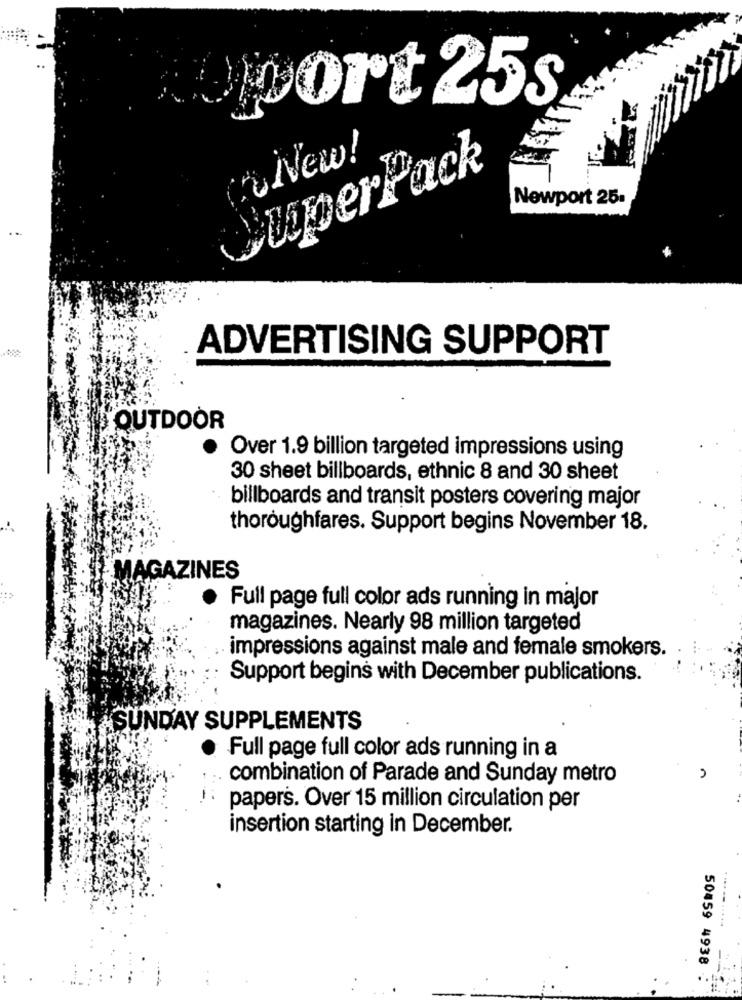
port 25s
New!
liperPack
Newport 25.
ADVERTISING SUPPORT
OUTDOOR
Over 1.9 billion targeted impressions using
30 sheet billboards, ethnic 8 and 30 sheet
billboards and transit posters covering major
thoroughfares. Support begins November 18.
MAGAZINES
Full page full color ads running in major
magazines. Nearly 98 million targeted
impressions against male and female smokers.
Support begins with December publications.
SUNDAY SUPPLEMENTS
Full page full color ads running in a
combination of Parade and Sunday metro
n
papers. Over 15 million circulation per
insertion starting in December.
50459 4938